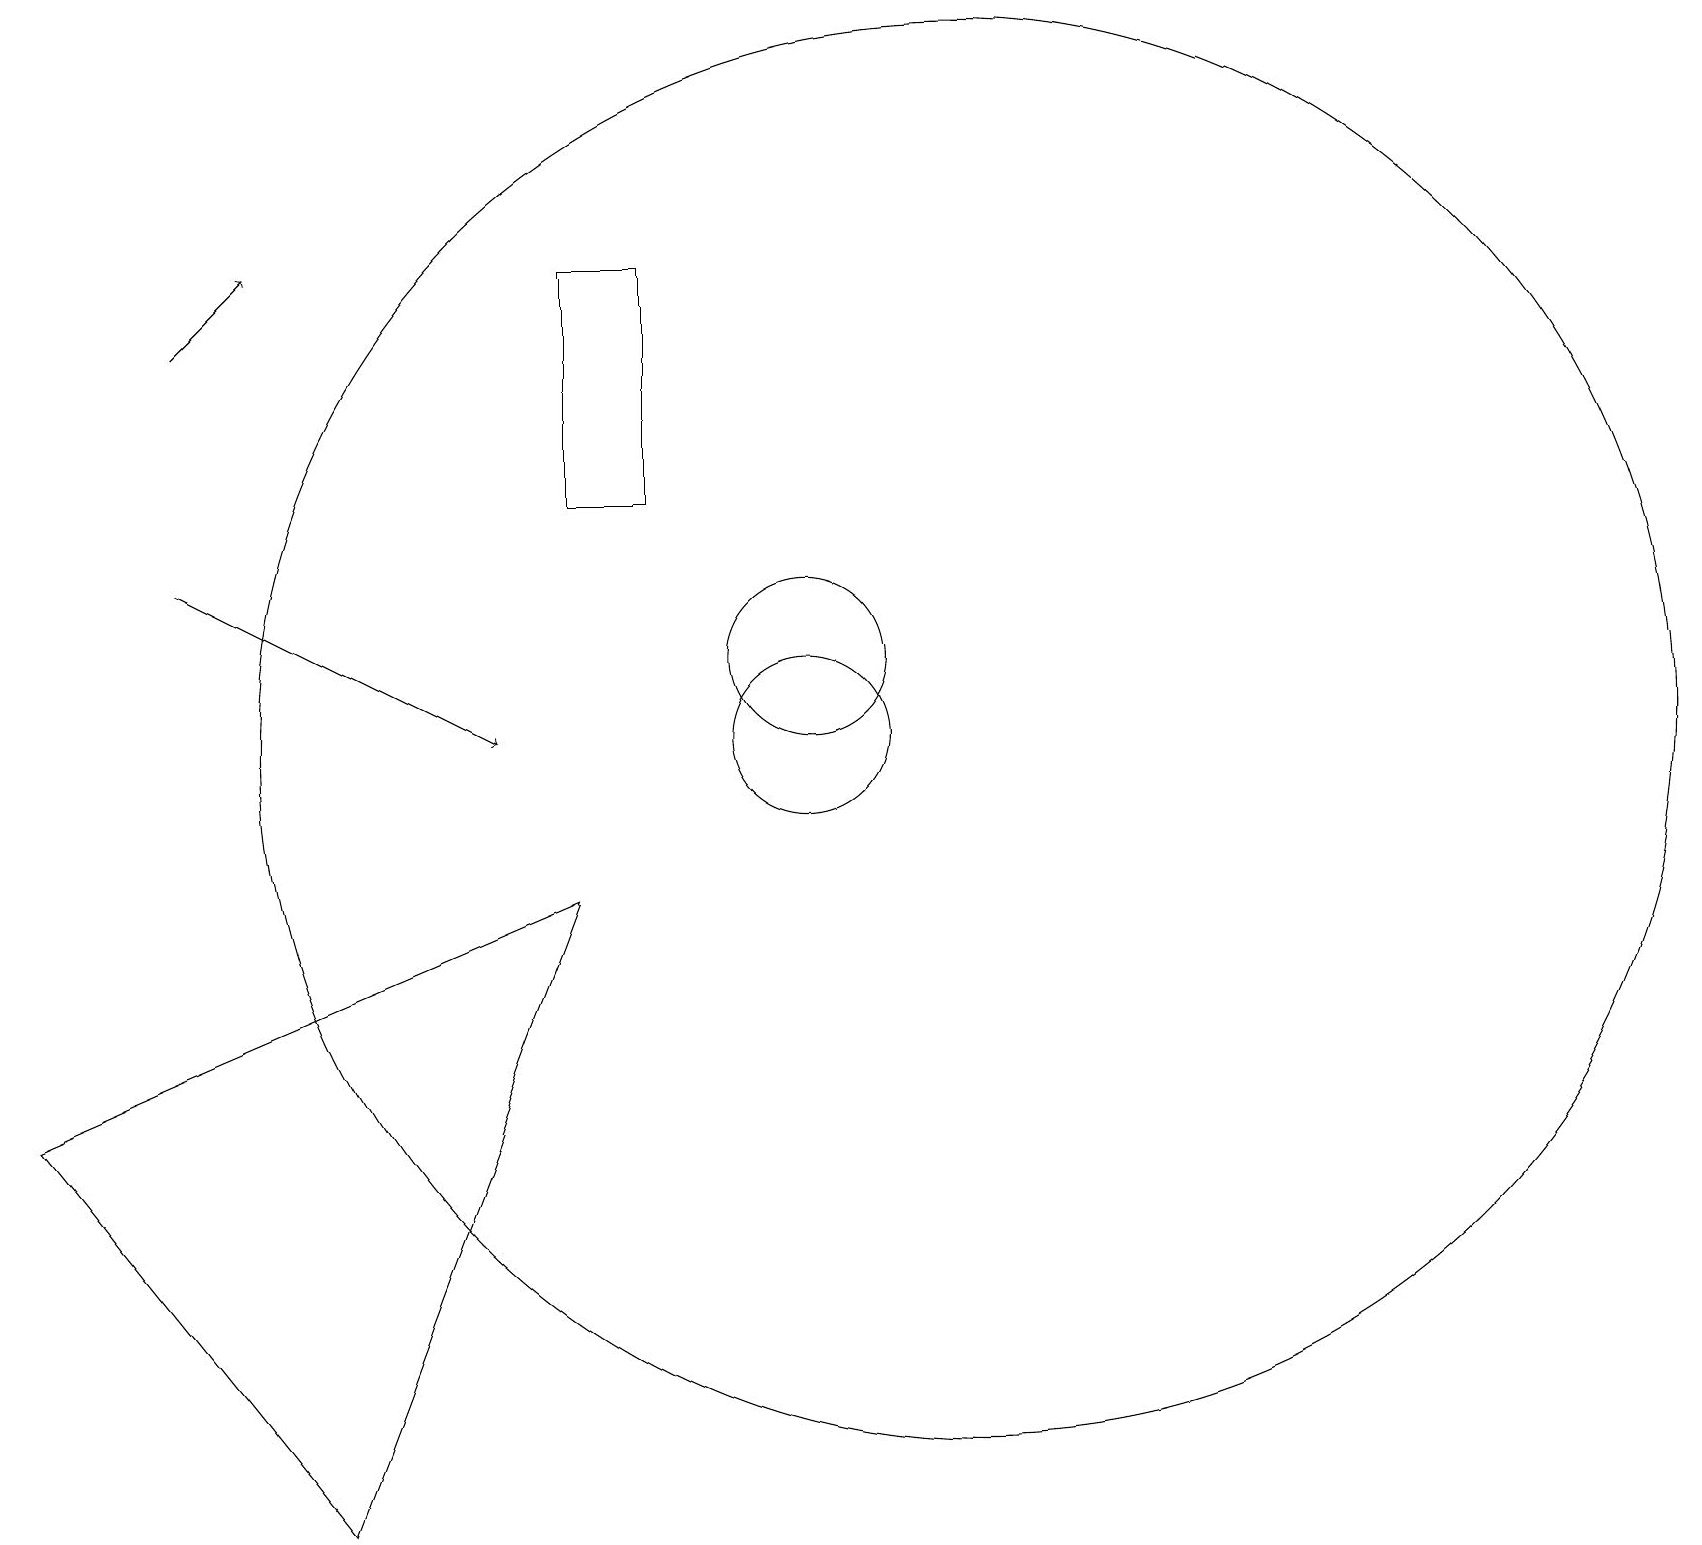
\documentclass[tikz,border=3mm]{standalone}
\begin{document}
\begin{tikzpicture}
\draw[->] (2,15) -- (3,16);
\draw (7,16) rectangle (8,13);
\draw[->] (2,12) -- (6,10);
\draw (4,0) -- (0,5) -- (7,8) -- cycle;
\draw (10,11) circle (1);
\draw (12,10) circle (9);
\draw (11,11) circle (0);
\draw (10,10) circle (1);
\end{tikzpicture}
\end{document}